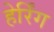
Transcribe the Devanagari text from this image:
हेर्रिंग